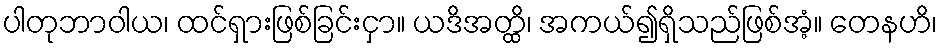
ပါတုဘာဝါယ၊ ထင်ရှားဖြစ်ခြင်းငှာ။ ယဒိအတ္ထိ၊ အကယ်၍ရှိသည်ဖြစ်အံ့။ တေနဟိ၊